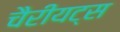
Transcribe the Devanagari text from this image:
चैरीयट्स